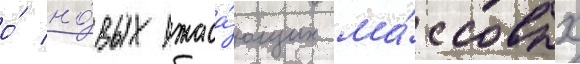
о́ но́вых ужаса́ющих ма́ссовых